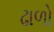
ઢાળો